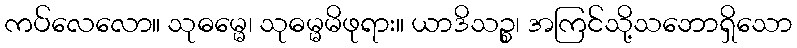
ကပ်လေလော။ သုဓမ္မေ၊ သုဓမ္မမိဖုရား။ ယာဒိသဉ္စ၊ အကြင်သို့သဘောရှိသော